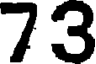
73